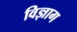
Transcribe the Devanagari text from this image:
विज्ञाग